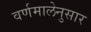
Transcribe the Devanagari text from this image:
वर्णमालेनुसार